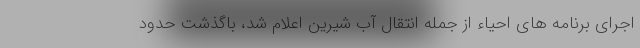
اجرای برنامه های احیاء از جمله انتقال آب شیرین اعلام شد، باگذشت حدود